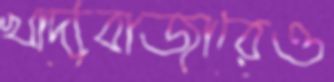
খাদ্যবাজারেও